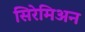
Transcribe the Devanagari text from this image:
सिरेमिअन